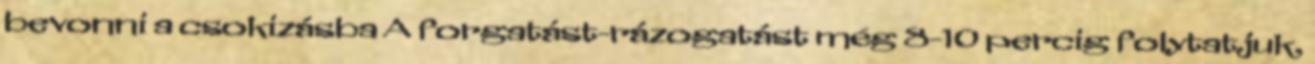
bevonni a csokizásba A forgatást-rázogatást még 8-10 percig folytatjuk,